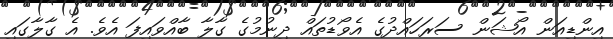
އިންޑިއަން އޯޝަން ސަރަހައްދުގެ އެވޯޑުތައް ދިނުމުގެ ގާލާ ބާއްވައިފަ އެވެ. އެ ގާލާގައި